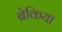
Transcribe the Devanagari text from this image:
ब्रेकिया